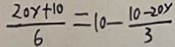
\frac { 2 0 y + 1 0 } { 6 } = 1 0 - \frac { 1 0 - 2 0 y } { 3 }